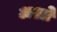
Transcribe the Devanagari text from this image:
अश्ले